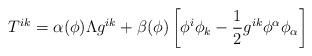
LaTeX: \begin{align*}T^{ik} = \alpha(\phi) \Lambda g^{ik} + \beta(\phi) \left[ \phi^i\phi_k - \frac{1}{2} g^{ik} \phi^\alpha\phi_\alpha\right]\end{align*}